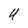
Character: U